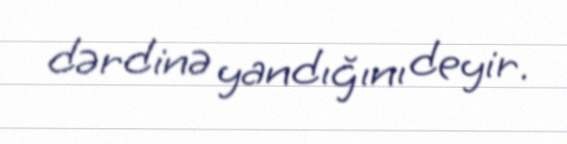
dərdinə yandığını deyir.